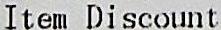
ITEM DISCOUNT